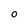
Character: O